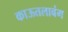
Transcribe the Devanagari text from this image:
काऊतलाबंग